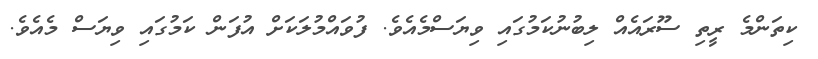
ކިތަންމެ ރީތި ސޫރައެއް ލިބުނުކަމުގައި ވިޔަސްމެއެވެ. ފުވައްމުލަކަށް އުފަން ކަމުގައި ވިޔަސް މެއެވެ.